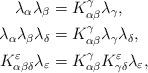
LaTeX: \begin{align*}\lambda_{\alpha}\lambda_{\beta} & =K_{\alpha\beta}^{\gamma}\lambda_{\gamma},\\\ \quad\lambda_{\alpha}\lambda_{\beta}\lambda_{\delta} & =K_{\alpha\beta}^{\gamma}\lambda_{\gamma}\lambda_{\delta},\\K_{\alpha\beta\delta}^{\varepsilon}\lambda_{\varepsilon} & =K_{\alpha\beta}^{\gamma}K_{\gamma\delta}^{\varepsilon}\lambda_{\varepsilon},\end{align*}